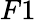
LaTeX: F1